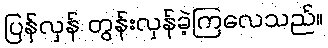
ပြန်လှန် တွန်းလှန်ခဲ့ကြလေသည်။